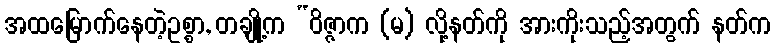
အထမြောက်နေတဲ့ဥစ္စာ, တချို့က “ဝိဇ္ဇာက (မ) လို့နတ်ကို အားကိုးသည့်အတွက် နတ်က